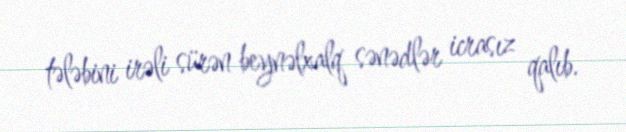
tələbini irəli sürən beynəlxalq sənədlər icrasız qalıb.